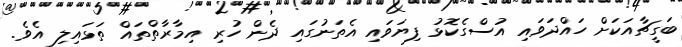
ބަގީޗާއަކަށް ހައްދަވަައި އުސްގެކޮޅު ފިޔަވައި އެތަނުގައި ދެން ހުރި އިމާރާތްތައް ތަޅައިލި އެވެ.